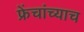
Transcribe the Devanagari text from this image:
फ्रेंचांच्याच